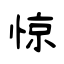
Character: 惊